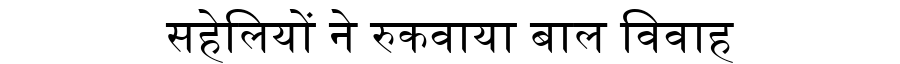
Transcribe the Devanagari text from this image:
सहेलियों ने रुकवाया बाल विवाह